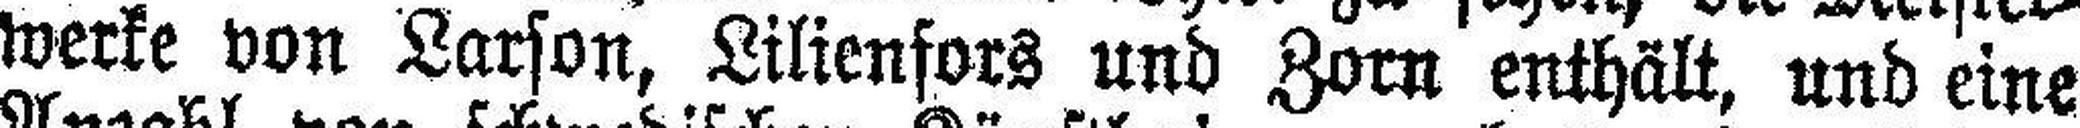
werke von Larson, Lilienfors und Zorn ertthält, und eine